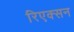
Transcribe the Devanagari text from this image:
रिएक्सन